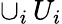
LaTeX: \cup_{i}\, U_{i}